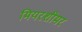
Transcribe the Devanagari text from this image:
मियरशीमर